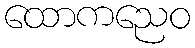
ထောကညေဝ